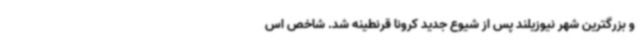
و بزرگترین شهر نیوزیلند پس از شیوع جدید کرونا قرنطینه شد. شاخص اس